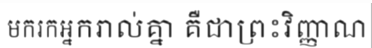
មករកអ្នករាល់គ្នា គឺជាព្រះវិញ្ញាណ